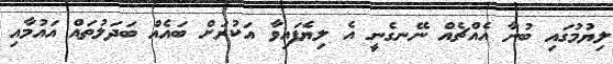
ލިޔުމުގައި ބުނާ އެއްޗެއް ނޭނގެނީ އެ ލިޔެފައިވާ އަކުރަށް ބައެއް ބަދަލުތައް އައުމާއި